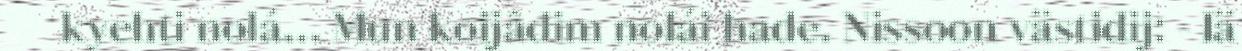
kyehti nolá... Mun koijâdim nolái hade. Nissoon västidij: - Iä